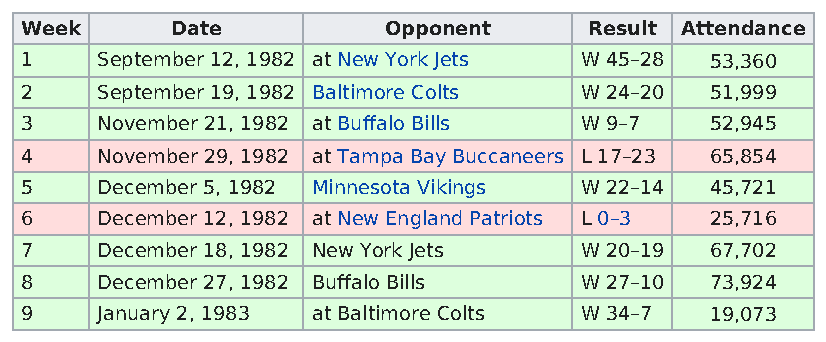
Week      Date          Opponent      Result Attendance
 1    September 12, 1982 at New York Jets W 45–28 53,360
 2    September 19, 1982 Baltimore Colts W 24–20 51,999
 3    November 21, 1982 at Buffalo Bills W 9–7 52,945
 4    November 29, 1982 at Tampa Bay Buccaneers L 17–23 65,854
 5    December 5, 1982 Minnesota Vikings W 22–14 45,721
 6    December 12, 1982 at New England Patriots L 0–3 25,716
 7    December 18, 1982 New York Jets W 20–19  67,702
 8    December 27, 1982 Buffalo Bills W 27–10  73,924
 9    January 2, 1983 at Baltimore Colts W 34–7 19,073